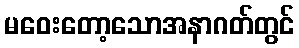
မဝေးတော့သောအနာဂတ်တွင်